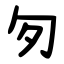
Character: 匇